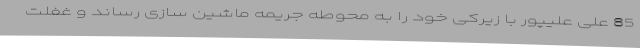
85 علی علیپور با زیرکی خود را به محوطه جریمه ماشین سازی رساند و غفلت